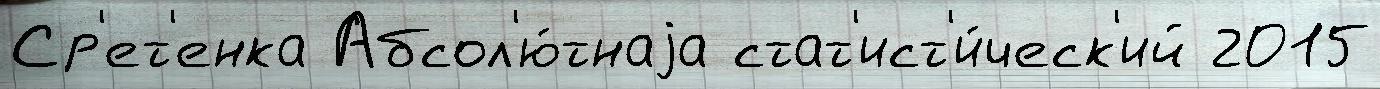
Ср'ет'енка Абсол'ю́тнаjа стат'ист'и́ческ'ий 2015